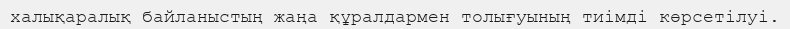
халықаралық байланыстың жаңа құралдармен толығуының тиімді көрсетілуі.